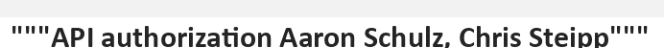
"""API authorization Aaron Schulz, Chris Steipp"""